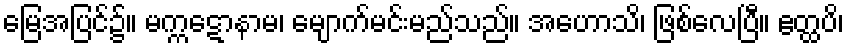
မြေအပြင်၌။ မက္ကဋောနာမ၊ မျောက်မင်းမည်သည်။ အဟောသိ၊ ဖြစ်လေပြီ။ ဧတ္ထပိ၊